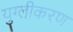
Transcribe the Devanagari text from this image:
युग्लीकरण